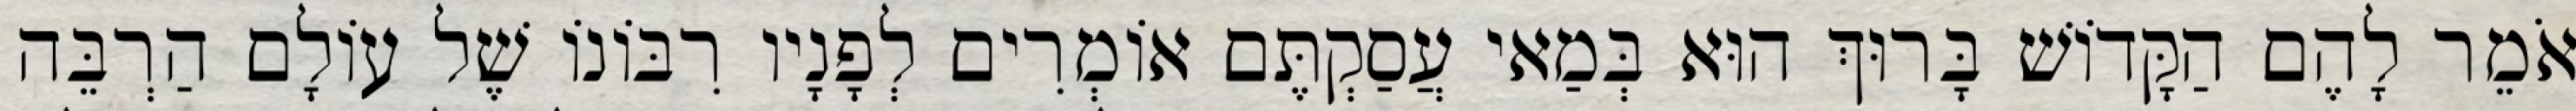
אֹמֵר לָהֶם הַקָּדוֹשׁ בָּרוּךְ הוּא בְּמַאי עֲסַקְתֶּם אוֹמְרִים לְפָנָיו רִבּוֹנוֹ שֶׁל עוֹלָם הַרְבֵּה